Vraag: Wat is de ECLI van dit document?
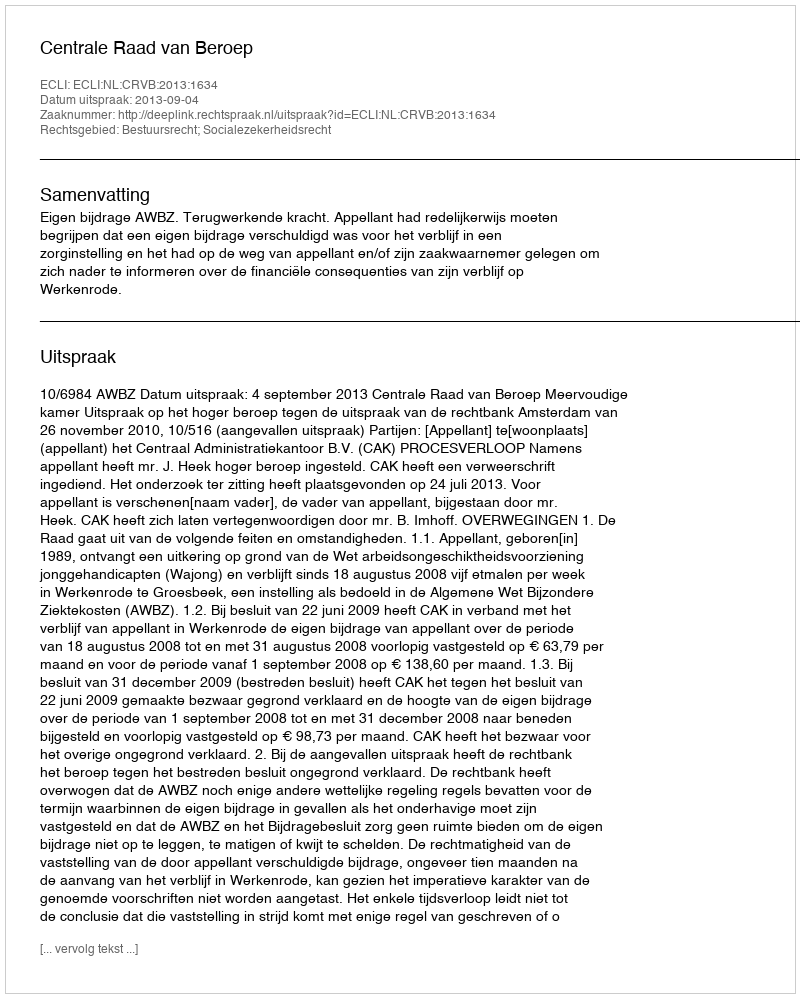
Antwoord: ECLI:NL:CRVB:2013:1634